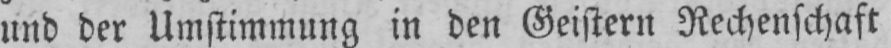
und der Umstimmung in den Geistern Rechenschaft